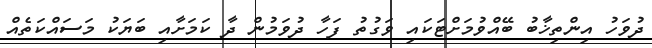
ދުވަހު އިންތިޚާބު ބޭއްވުމަށްޓަކައި ވަގުތު ފަހާ ދުވަމުން ދާ ކަމަށާއި ބަޔަކު މަސައްކަތެއް